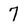
Character: 7